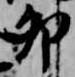
卯